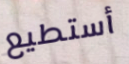
أستطيع